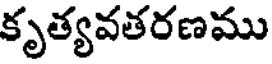
కృత్యవతరణము